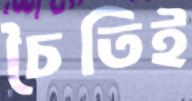
চৈতিই